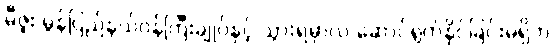
မီဇူး မွန်ပြည်နယ်ဝန်ကြီးချုပ်နှင့် သွားရမှာလဲ ဆောင်ရွက်နိုင်ခြင်းမရှိဘဲ